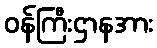
ဝန်ကြီးဌာနအား